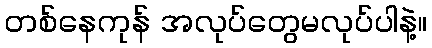
တစ်နေကုန် အလုပ်တွေမလုပ်ပါနဲ့။